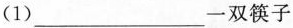
(1)___一双筷子